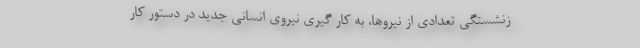
زنشستگی تعدادی از نیروها، به کار گیری نیروی انسانی جدید در دستور کار